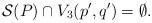
LaTeX: \begin{align*}{\cal S}(P) \cap V_3(p',q') = \emptyset.\end{align*}